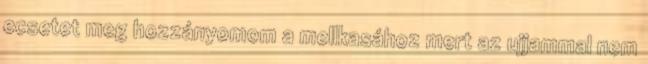
ecsetet meg hozzányomom a mellkasához mert az ujjammal nem